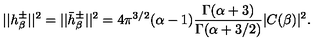
| | h _ { \beta } ^ { \pm } | | ^ { 2 } = | | \bar { h } _ { \beta } ^ { \pm } | | ^ { 2 } = 4 \pi ^ { 3 / 2 } ( \alpha - 1 ) { \frac { \Gamma ( \alpha + 3 ) } { \Gamma ( \alpha + 3 / 2 ) } } | C ( \beta ) | ^ { 2 } .